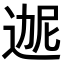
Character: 𬨬